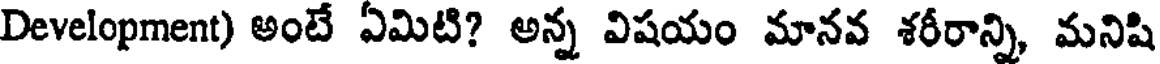
Development) అంటే ఏమిటి? అన్న విషయం మానవ శరీరాన్ని, మనిషి